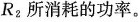
R_{2}所消耗的功率。